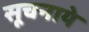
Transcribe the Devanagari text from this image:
सूचनाये